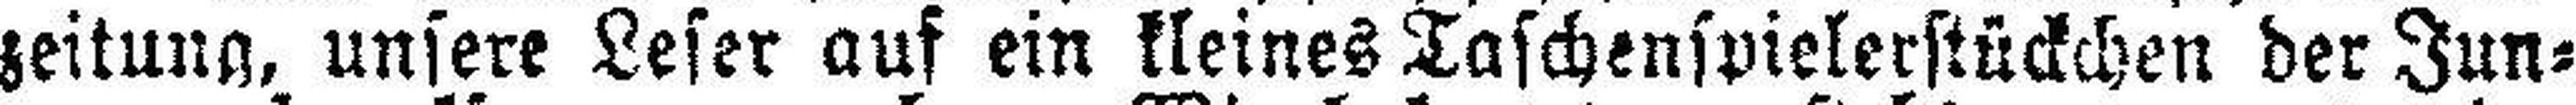
zeitung, unsere Leser auf ein kleines Taschenspielerstückchen der Jun¬